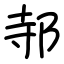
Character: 邿